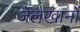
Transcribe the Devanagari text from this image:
जेलखानों